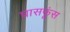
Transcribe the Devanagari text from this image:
घासफूंस